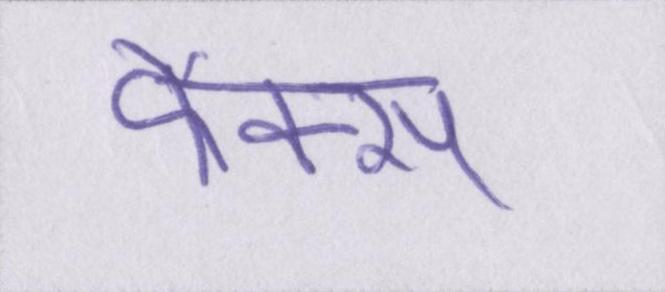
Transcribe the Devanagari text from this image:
फैक्स